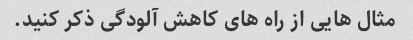
مثال هایی از راه های کاهش آلودگی ذکر کنید.